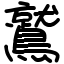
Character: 鷲